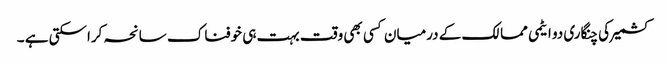
کشمیر کی چنگاری دو ایٹمی ممالک کے درمیان کسی بھی وقت بہت ہی خوفناک سانحہ کراسکتی ہے ۔